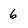
Character: 6